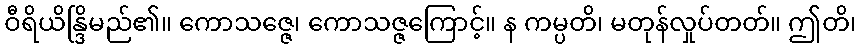
ဝီရိယိန္ဒြိမည်၏။ ကောသဇ္ဇေ၊ ကောသဇ္ဇကြောင့်။ န ကမ္ပတိ၊ မတုန်လှုပ်တတ်။ ဤတိ၊